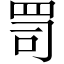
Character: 𦊛